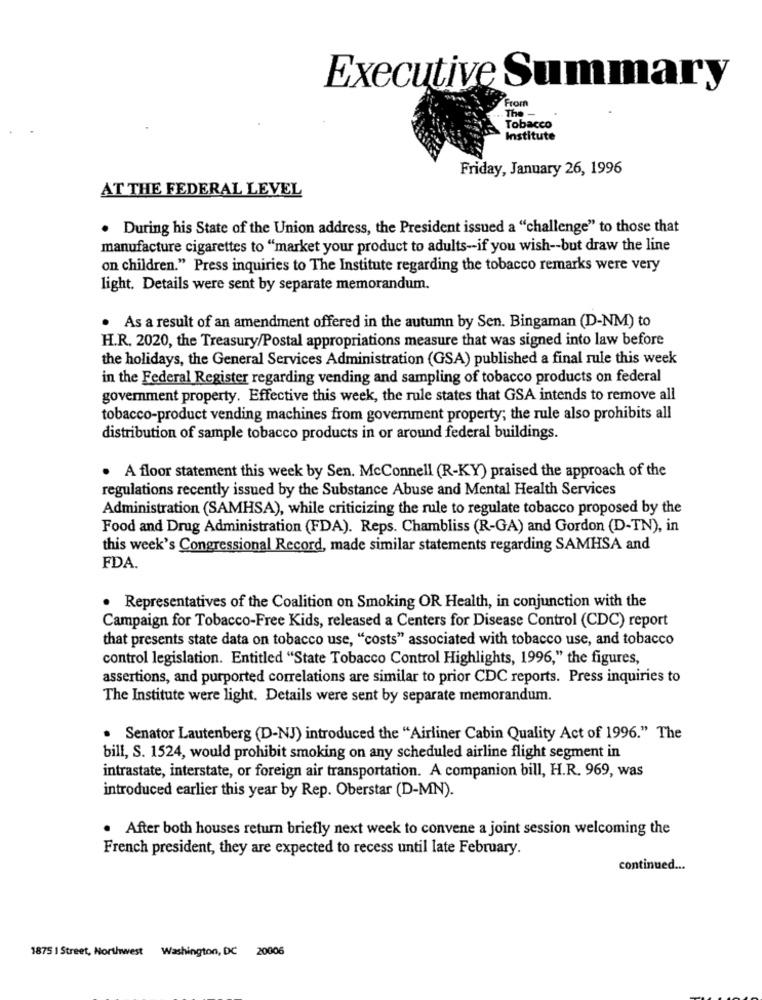
Executive Summary
From
... The -
Tobacco
Institute
Friday, January 26, 1996
AT THE FEDERAL LEVEL
. During his State of the Union address, the President issued a "challenge" to those that
manufacture cigarettes to "market your product to adults -- if you wish -- but draw the line
on children." Press inquiries to The Institute regarding the tobacco remarks were very
light. Details were sent by separate memorandum.
. As a result of an amendment offered in the autumn by Sen. Bingaman (D-NM) to
H.R. 2020, the Treasury/Postal appropriations measure that was signed into law before
the holidays, the General Services Administration (GSA) published a final rule this week
in the Federal Register regarding vending and sampling of tobacco products on federal
government property. Effective this week, the rule states that GSA intends to remove all
tobacco-product vending machines from government property; the rule also prohibits all
distribution of sample tobacco products in or around federal buildings.
. A floor statement this week by Sen. McConnell (R-KY) praised the approach of the
regulations recently issued by the Substance Abuse and Mental Health Services
Administration (SAMHSA), while criticizing the rule to regulate tobacco proposed by the
Food and Drug Administration (FDA). Reps. Chambliss (R-GA) and Gordon (D-TN), in
this week's Congressional Record, made similar statements regarding SAMHSA and
FDA.
Representatives of the Coalition on Smoking OR Health, in conjunction with the
Campaign for Tobacco-Free Kids, released a Centers for Disease Control (CDC) report
that presents state data on tobacco use, "costs" associated with tobacco use, and tobacco
control legislation. Entitled "State Tobacco Control Highlights, 1996," the figures,
assertions, and purported correlations are similar to prior CDC reports. Press inquiries to
The Institute were light. Details were sent by separate memorandum.
. Senator Lautenberg (D-NJ) introduced the "Airliner Cabin Quality Act of 1996." The
bill, S. 1524, would prohibit smoking on any scheduled airline flight segment in
intrastate, interstate, or foreign air transportation. A companion bill, H.R. 969, was
introduced earlier this year by Rep. Oberstar (D-MN).
. After both houses return briefly next week to convene a joint session welcoming the
French president, they are expected to recess until late February.
continued ...
1875 | Street, Northwest Washington, DC 20006